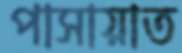
পাসায়াত